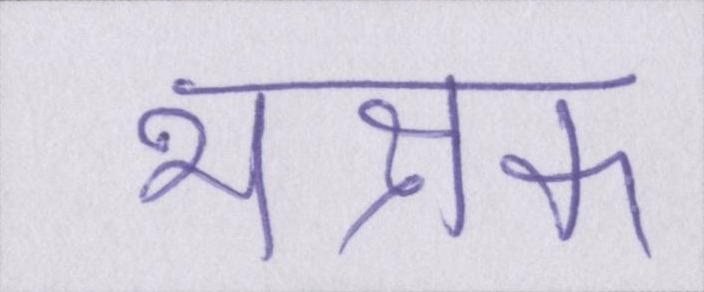
भक्षक